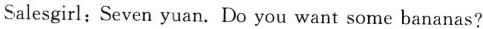
Salesgirl:Seven yuan.Do you want some bananas?